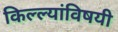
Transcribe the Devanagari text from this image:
किल्ल्यांविषयी